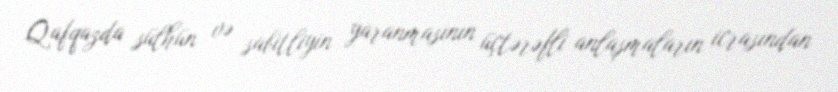
Qafqazda sülhün və sabitliyin yaranmasının üçtərəfli anlaşmaların icrasından